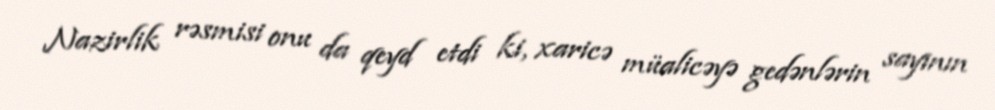
Nazirlik rəsmisi onu da qeyd etdi ki, xaricə müalicəyə gedənlərin sayının